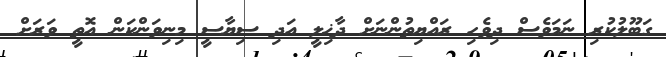
ގަބޫލުކުރި ނަމަވެސް ދިވެހި ރައްޔިތުންނަށް ދާޚިލީ އަދި ސިޔާސީ މިނިވަންކަން އޮތީ ވަރަށް